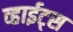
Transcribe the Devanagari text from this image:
व्हाईट्स